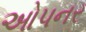
ઓપનર